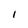
Character: 1